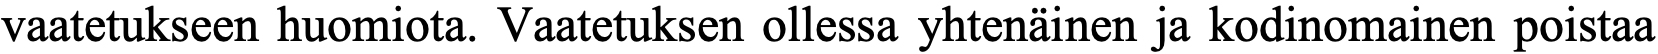
vaatetukseen huomiota. Vaatetuksen ollessa yhtenäinen ja kodinomainen poistaa